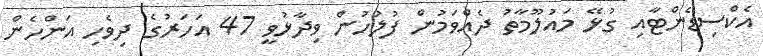
އެކްސިޑެންޓާއި ގުޅޭ މައުލޫމާތު ދެއްވަމުން ފުލުހުން ވިދާޅުވީ 47 އަހަރުގެ ދިވެހި އަންހެން